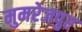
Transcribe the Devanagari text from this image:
मुमरेजपुर